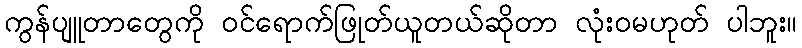
ကွန်ပျူတာတွေကို ဝင်ရောက်ဖြုတ်ယူတယ်ဆိုတာ လုံးဝမဟုတ် ပါဘူး။